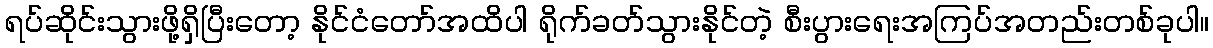
ရပ်ဆိုင်းသွားဖို့ရှိပြီးတော့ နိုင်ငံတော်အထိပါ ရိုက်ခတ်သွားနိုင်တဲ့ စီးပွားရေးအကြပ်အတည်းတစ်ခုပါ။